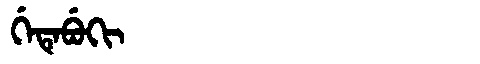
Manchu: ᡤᡝᡨᡝᠪᡠᡴᡳ
Romanization: GETEBUKI